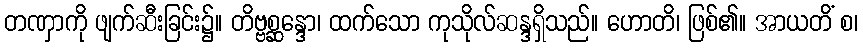
တဏှာကို ဖျက်ဆီးခြင်း၌။ တိဗ္ဗစ္ဆန္ဒော၊ ထက်သော ကုသိုလ်ဆန္ဒရှိသည်။ ဟောတိ၊ ဖြစ်၏။ အာယတိံ စ၊